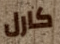
كارل